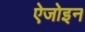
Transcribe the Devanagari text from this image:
ऐजोइन